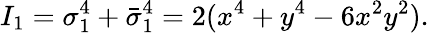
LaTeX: I_{1}=\sigma_{1}^{4}+\bar{\sigma}_{1}^{4}=2(x^{4}+y^{4}-6x^{2}y^{2}).